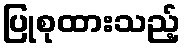
ပြုစုထားသည့်